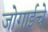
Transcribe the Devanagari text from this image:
जोगाईचे